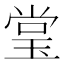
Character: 𰢃